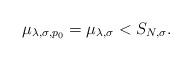
LaTeX: \begin{align*}\mu_{\lambda,\sigma,p_0}=\mu_{\lambda,\sigma} < S_{N,\sigma}.\end{align*}